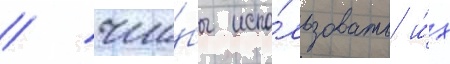
/ что́бы испо́льзовать и́х